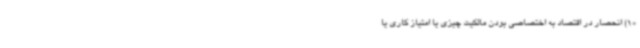
«1) انحصار در اقتصاد به اختصاصی بودن مالکیت چیزی یا امتیاز کاری یا